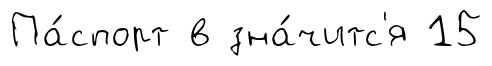
Па́спорт в зна́читс'я 15